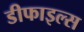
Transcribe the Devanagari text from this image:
डीफाइल्स